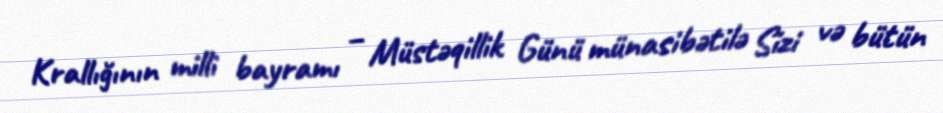
Krallığının milli bayramı – Müstəqillik Günü münasibətilə Sizi və bütün